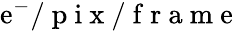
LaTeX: \mathrm{e}^{-}/\mathrm{{~p~i~x~}}/\mathrm{{~f~r~a~m~\mathrm{e}~}}